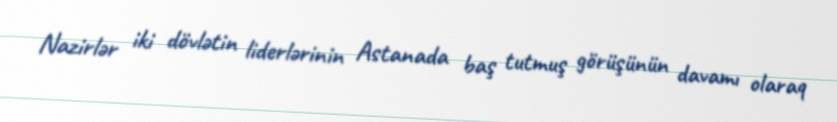
Nazirlər iki dövlətin liderlərinin Astanada baş tutmuş görüşünün davamı olaraq